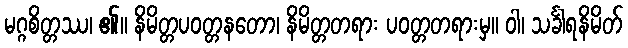
မဂ္ဂစိတ္တဿ၊ ၏။ နိမိတ္တပဝတ္တနတော၊ နိမိတ္တတရား ပဝတ္တတရားမှ။ ဝါ၊ သင်္ခါရနိမိတ်